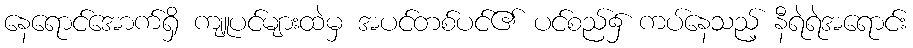
နေရောင်အောက်ရှိ ကျူပင်များထဲမှ အပင်တစ်ပင်၏ ပင်စည်၌ ကပ်နေသည့် နီရဲရဲအရောင်း